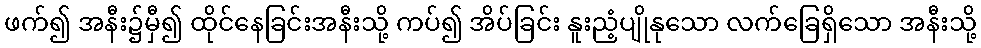
ဖက်၍ အနီး၌မှီ၍ ထိုင်နေခြင်းအနီးသို့ ကပ်၍ အိပ်ခြင်း နူးညံ့ပျိုနုသော လက်ခြေရှိသော အနီးသို့